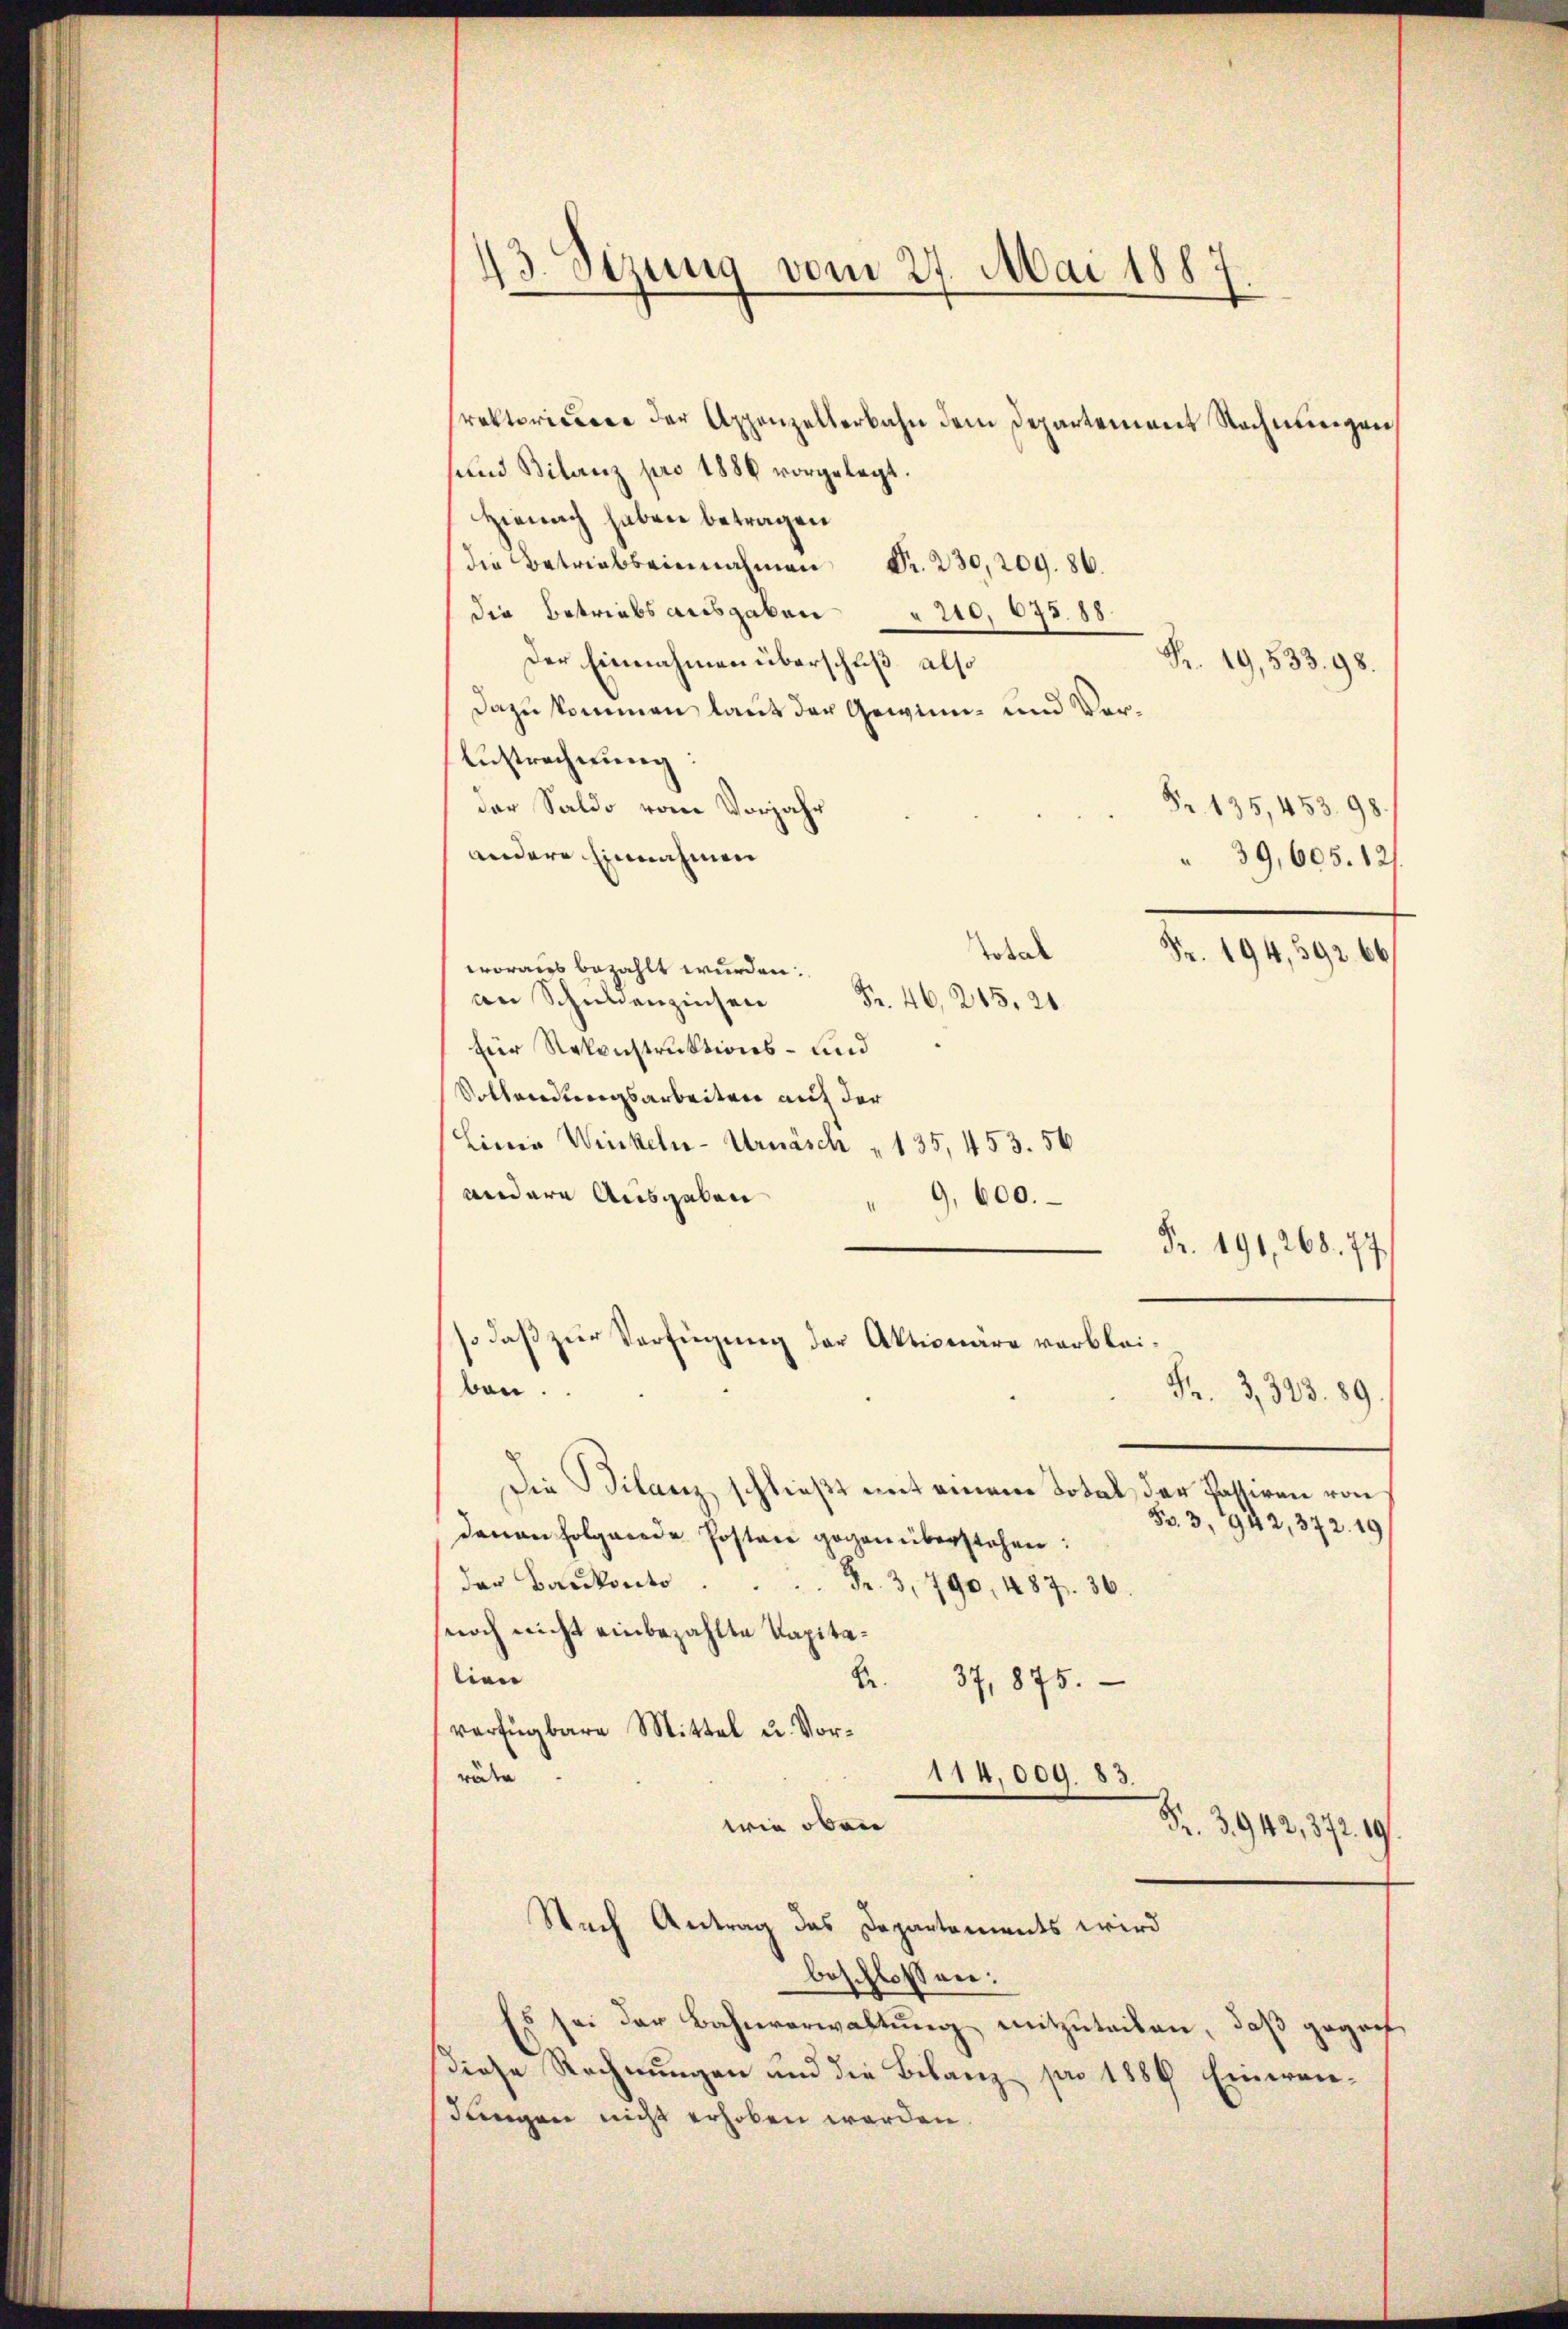
43. Sizung vom 27. Mai 188

Prektoriciren der Appenzelterbahn dem Departement Rechnungen,
sund Bilanz pro 1886 vorgelegt.
Hienach haben betragen
die Betriebeinnahmen Fr. 230,209. 86.
die Betriebsausgaben 240, 675. 18.
Der Einnahmen überschuß also
R. 19, 533. 98.
Dazu kommen, laut der Gewinn- und Ver¬
Austrechnung
der Saldo vom Vorjahr
Fr. 135, 453. 98.
andere Einnahmen
39,605. 121.
odal
Fr. 194,392. 66
woraus bezahlt wurden:
an Schuldenzinsen Fr. 46, 245, 21
für Rekonstruktions- und
Vollendungsarbeiten auf der
Linie Winkeln-Urnäsch " 135, 453. 56
andere Ausgaben
" 9,600.
Fr. 191, 268. 77.
so daß zur Verfügung der Aktionäre verbleiben.
Fr. 3,323. 89.
Die Bilanz schlieβt mit einem Total der Passiren von
S. 3, 942, 372. 19
davon folgende Posten gegen überstehen:
der Baŭkot. Fr. 3, 790, 487. 36.
noch nicht einbezahlte Kapitalien
Be.
37,875.
verfügbare Mittel u. Vorrube
114,009. 83
wie oben
Fr. 3942, 372. 19.
Nach Antrag das Departements wird
beschlossen:
s sei der Bahnverwaltung mitzuteilen, daß gegen
diese Rechnungen und die Bebanz pro 1886 Einwendangen nicht erhoben werden.